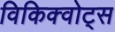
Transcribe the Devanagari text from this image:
विकिक्वोट्स